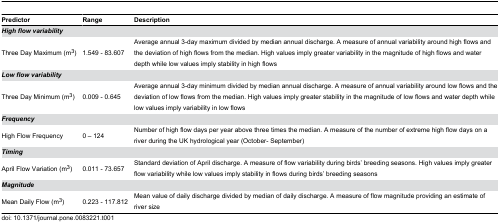
<table><thead><tr><td><b>Predictor</b></td><td><b>Range</b></td><td><b>Description</b></td></tr></thead><tbody><tr><td><b><i>High flow variability</i></b></td><td></td><td></td></tr><tr><td>Three Day Maximum (m<sup>3</sup>)</td><td>1.549 - 83.607</td><td>Average annual 3-day maximum divided by median annual discharge. A measure of annual variability around high flows and the deviation of high flows from the median. High values imply greater variability in the magnitude of high flows and water depth while low values imply stability in high flows </td></tr><tr><td><b><i>Low flow variability</i></b></td><td></td><td></td></tr><tr><td>Three Day Minimum (m<sup>3</sup>)</td><td>0.009 - 0.645</td><td>Average annual 3-day minimum divided by median annual discharge. A measure of annual variability around low flows and the deviation of low flows from the median. High values imply greater stability in the magnitude of low flows and water depth while low values imply variability in low flows</td></tr><tr><td><b><i>Frequency</i></b></td><td></td><td></td></tr><tr><td>High Flow Frequency</td><td>0 – 124</td><td>Number of high flow days per year above three times the median. A measure of the number of extreme high flow days on a river during the UK hydrological year (October- September)</td></tr><tr><td><b><i>Timing</i></b></td><td></td><td></td></tr><tr><td>April Flow Variation (m<sup>3</sup>)</td><td>0.011 - 73.657</td><td>Standard deviation of April discharge. A measure of flow variability during birds’ breeding seasons. High values imply greater flow variability while low values imply stability in flows during birds’ breeding seasons</td></tr><tr><td><b><i>Magnitude</i></b></td><td></td><td></td></tr><tr><td>Mean Daily Flow (m<sup>3</sup>)</td><td>0.223 - 117.812</td><td>Mean value of daily discharge divided by median of daily discharge. A measure of flow magnitude providing an estimate of river size</td></tr></tbody></table>